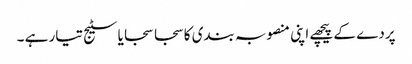
پردے کے پیچھے اپنی منصوبہ بندی کا سجا سجایا سٹیج تیار ہے ۔